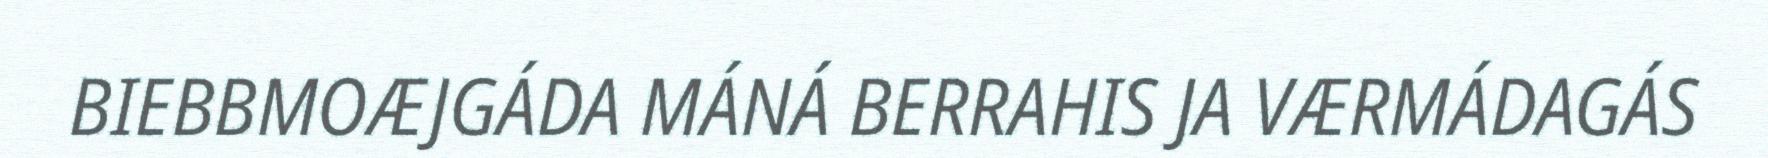
BIEBBMOÆJGÁDA MÁNÁ BERRAHIS JA VÆRMÁDAGÁS